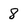
Character: 8